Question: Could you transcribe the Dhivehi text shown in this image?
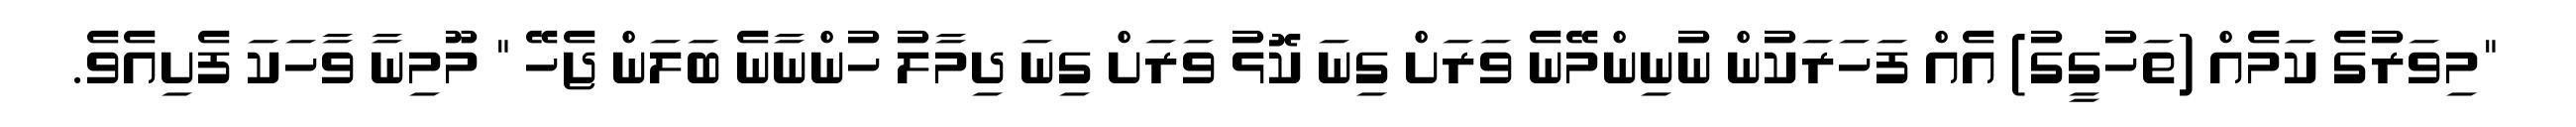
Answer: "މިވަރުގެ ކަމެއް (ތަހުގީގު) އެއް ފަހަރަކުން ނުނިންމޭނެ ވަރަށް ގިނަ ކޮޅު ވަރަށް ގިނަ ދިމާލު ހުންނާނެ ބަލަން ޖެހޭ " މޫމިނާ ވާހަކަ ފެށިއެވެ.